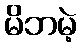
မိဘမဲ့